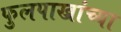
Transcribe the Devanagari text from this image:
फुलपाख्रांच्या